Annual administration report of the Civil Veterinary Department of India - 1906-1907
Year: 1906
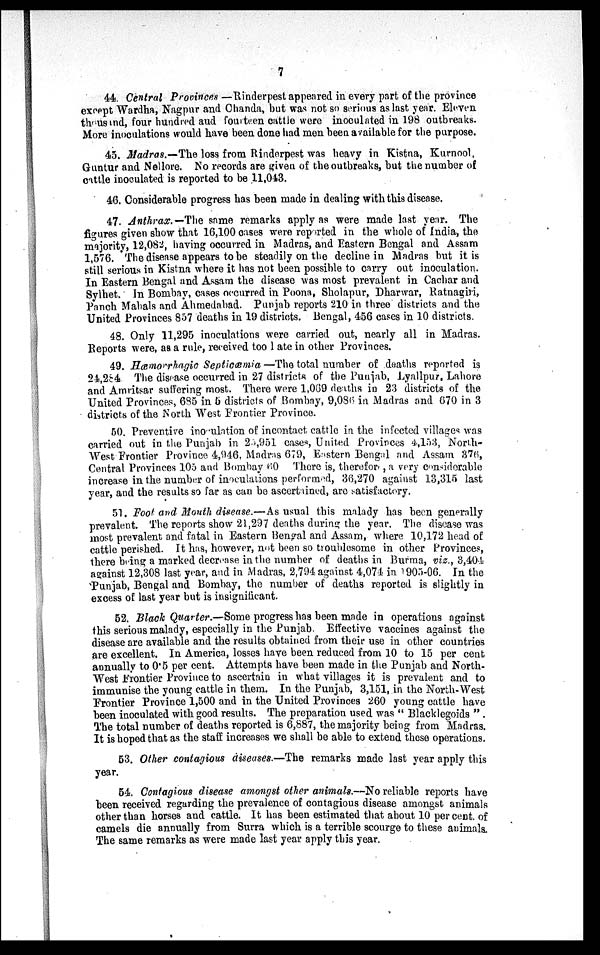
7
44. Central Provinces — Rinderpest appeared in every part of the province
except Wardha, Nagpur and Chanda, but was not so serious as last year. Eleven
thousand, four hundred and fourteen cattle were inoculated in 198 outbreaks.
More inoculations would have been done had men been available for the purpose.
45. Madras.—The loss from Rinderpest was heavy in Kistna, Kurnool,
Guntur and Nellore. No records are given of the outbreaks, but the number of
cattle inoculated is reported to be 11,043.
46. Considerable progress has been made in dealing with this disease.
47. Anthrax.—The same remarks apply as were made last year. The
figures given show that 16,100 cases were reported in the whole of India, the
majority, 12,082, having occurred in Madras, and Eastern Bengal and Assam
1,576. The disease appears to be steadily on the decline in Madras but it is
still serious in Kistna where it has not been possible to carry out inoculation.
In Eastern Bengal and Assam the disease was most prevalent in Cachar and
Sylhet. In Bombay, cases occurred in Poona, Sholapur, Dharwar, Ratnagiri,
Panch Mahals and Ahmedabad. Punjab reports 210 in three districts and the
United Provinces 857 deaths in 19 districts. Bengal, 456 cases in 10 districts.
48. Only 11,295 inoculations were carried out, nearly all in Madras.
Reports were, as a rule, received too 1 ate in other Provinces.
49. Hæmorrhagic Septicœmia—The total number of deaths reported is
24,284. The disease occurred in 27 districts of the Punjab, Lyallpur, Lahore
and Amritsar suffering most. There were 1,069 deaths in 23 districts of the
United Provinces, 685 in 5 districts of Bombay, 9,086 in Madras and 670 in 3
districts of the North West Frontier Province.
50. Preventive inoculation of incontact cattle in the infected villages was
carried out in the Punjab in 25,951 cases, United Provinces 4,153, North-
West Frontier Province 4,946, Madras 679, Eastern Bengal and Assam 376,
Central Provinces 105 and Bombay 60 There is, therefore, a very considerable
increase in the number of inoculations performed, 36,270 against 13,315 last
year, and the results so far as can be ascertained, are satisfactory.
51. Foot and Mouth disease.—As usual this malady has been generally
prevalent. The reports show 21,297 deaths during the year. The disease was
most prevalent and fatal in Eastern Bengal and Assam, where 10,172 head of
cattle perished. It has, however, not been so troublesome in other Provinces,
there being a marked decrease in the number of deaths in Burma, viz., 3,404
against 12,308 last year, and in Madras, 2,794 against 4,074 in 1905-06. In the
Punjab, Bengal and Bombay, the number of deaths reported is slightly in
excess of last year but is insignificant.
52. Black Quarter.—Some progress has been made in operations against
this serious malady, especially in the Punjab. Effective vaccines against the
disease are available and the results obtained from their use in other countries
are excellent. In America, losses have been reduced from 10 to 15 per cent
annually to 0.5 per cent. Attempts have been made in the Punjab and North-
West Frontier Province to ascertain in what villages it is prevalent and to
immunise the young cattle in them. In the Punjab, 3,151, in the North-West
Frontier Province 1,500 and in the United Provinces 260 young cattle have
been inoculated with good results. The preparation used was " Blacklegoids ".
The total number of deaths reported is 6,887, the majority being from Madras.
It is hoped that as the staff increases we shall be able to extend these operations.
53. Other contagious diseases.—The remarks made last year apply this
year.
54. Contagious disease amongst other animals.--No reliable reports have
been received regarding the prevalence of contagious disease amongst animals
other than horses and cattle. It has been estimated that about 10 per cent. of
camels die annually from Surra which is a terrible scourge to these animals.
The same remarks as were made last year apply this year.